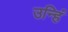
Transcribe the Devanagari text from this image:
उन्हिं